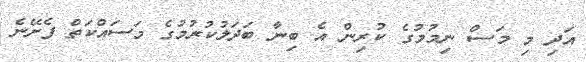
އަދި މި މަަސް ނިމުމުގެ ކުރިން އެ ބިނާ ބަދަލުކުރުމުގެ މަސައްކަތް ފެށޭނެ